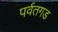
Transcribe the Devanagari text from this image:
पर्वतगड